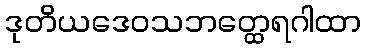
ဒုတိယဒေဝသဘတ္ထေရဂါထာ